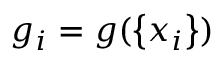
g _ { i } = g ( \left\lbrace x _ { i } \right\rbrace )